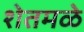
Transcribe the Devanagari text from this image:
शेतमळे